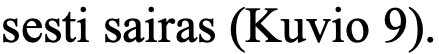
sesti sairas (Kuvio 9).